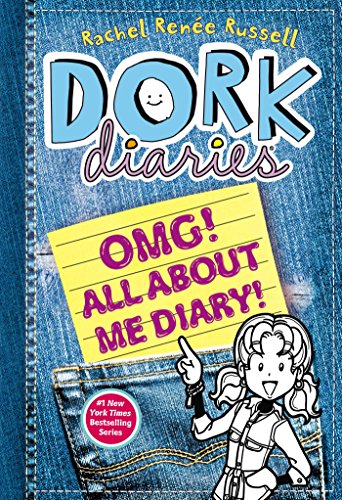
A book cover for Dork Diaries OMG!: All About Me Diary!; Rachel RenÃ©e Russell; Children's Books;